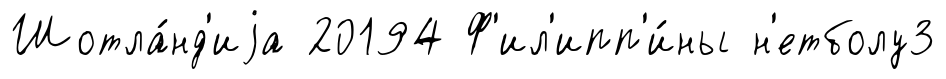
Шотла́нд'иjа 20194 Ф'ил'ипп'и́ны н'етболу3